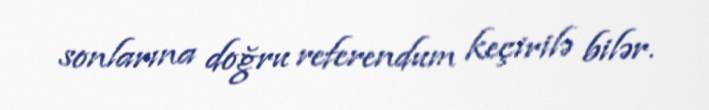
sonlarına doğru referendum keçirilə bilər.